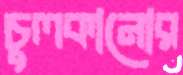
চুলকানোর